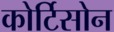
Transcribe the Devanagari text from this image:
कोर्टिसोन